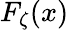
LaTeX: F_{\zeta}(x)